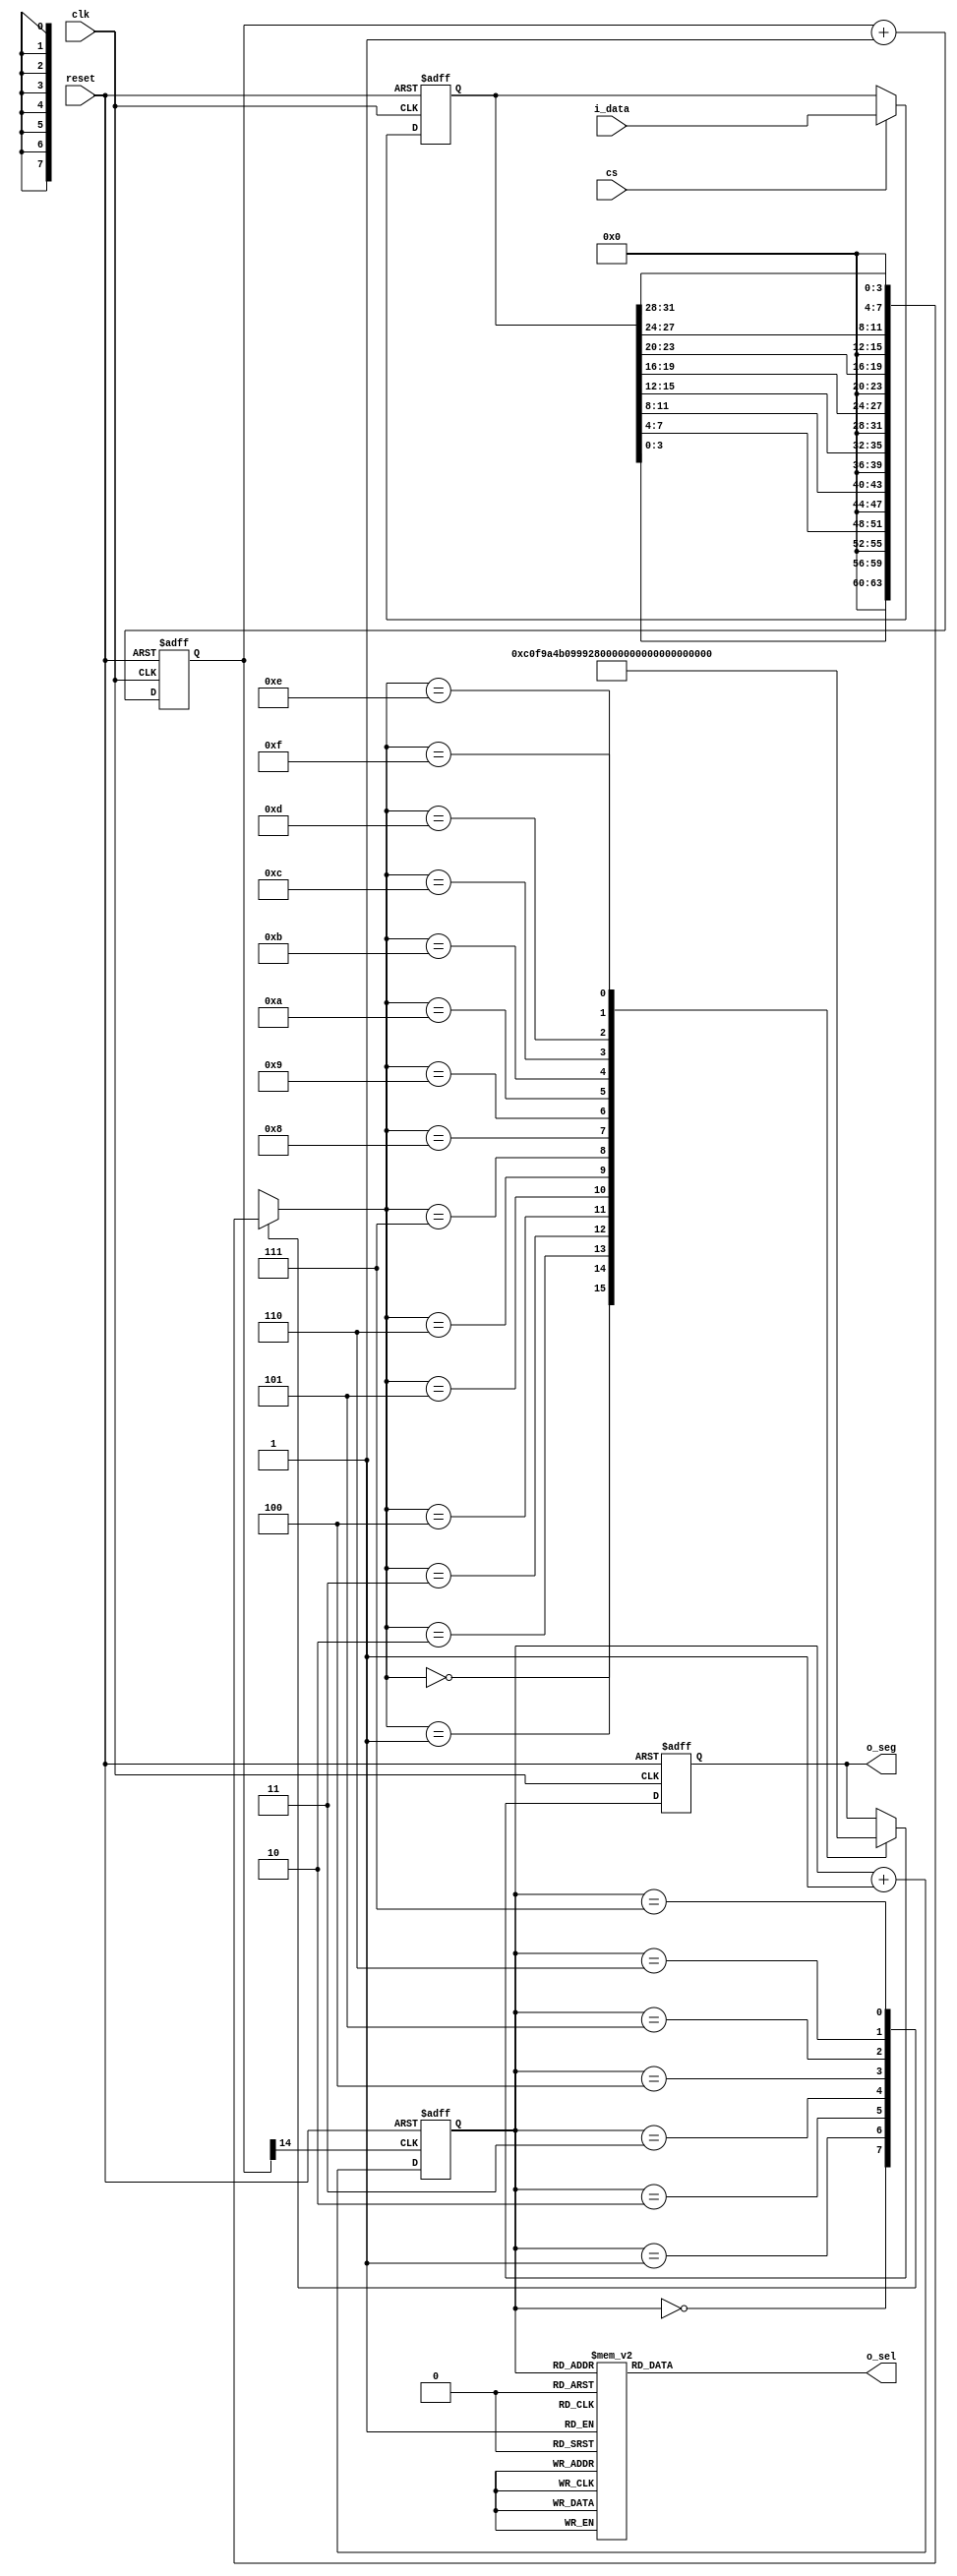
`timescale 1ns / 1ps
//////////////////////////////////////////////////////////////////////////////////
// Company: 
// Engineer: 
// 
// Design Name: 
// Module Name: seg7x16
// Project Name: 
// Target Devices: 
// Tool Versions: 
// Description: 
// 
// Dependencies: 
// 
// Revision:
// Revision 0.01 - File Created
// Additional Comments:
// 
//////////////////////////////////////////////////////////////////////////////////

module seg7x16(
    input clk,
    input reset,
    input cs,
    input [31:0] i_data,
    output [7:0] o_seg,
    output [7:0] o_sel
);

reg [14:0] cnt;
always @ (posedge clk, posedge reset)
    if (reset)
        cnt <= 0;
    else
        cnt <= cnt + 1'b1;

wire seg7_clk = cnt[14]; 

reg [2:0] seg7_addr;

always @ (posedge seg7_clk, posedge reset)
    if(reset)
        seg7_addr <= 0;
    else
        seg7_addr <= seg7_addr + 1'b1;

reg [7:0] o_sel_r;

always @ (*)
    case(seg7_addr)
        7 : o_sel_r = 8'b01111111;
        6 : o_sel_r = 8'b10111111;
        5 : o_sel_r = 8'b11011111;
        4 : o_sel_r = 8'b11101111;
        3 : o_sel_r = 8'b11110111;
        2 : o_sel_r = 8'b11111011;
        1 : o_sel_r = 8'b11111101;
        0 : o_sel_r = 8'b11111110;
    endcase

reg [31:0] i_data_store;
always @ (posedge clk, posedge reset)
    if(reset)
        i_data_store <= 0;
    else if(cs)
        i_data_store <= i_data;

reg [7:0] seg_data_r;
always @ (*)
    case(seg7_addr)
        0 : seg_data_r = i_data_store[3:0];
        1 : seg_data_r = i_data_store[7:4];
        2 : seg_data_r = i_data_store[11:8];
        3 : seg_data_r = i_data_store[15:12];
        4 : seg_data_r = i_data_store[19:16];
        5 : seg_data_r = i_data_store[23:20];
        6 : seg_data_r = i_data_store[27:24];
        7 : seg_data_r = i_data_store[31:28];
    endcase

reg [7:0] o_seg_r;
always @ (posedge clk, posedge reset)
    if(reset)
        o_seg_r <= 8'hff;
    else
        case(seg_data_r)
            4'h0 : o_seg_r <= 8'hC0;
            4'h1 : o_seg_r <= 8'hF9;
            4'h2 : o_seg_r <= 8'hA4;
            4'h3 : o_seg_r <= 8'hB0;
            4'h4 : o_seg_r <= 8'h99;
            4'h5 : o_seg_r <= 8'h92;
            4'h6 : o_seg_r <= 8'h82;
            4'h7 : o_seg_r <= 8'hF8;
            4'h8 : o_seg_r <= 8'h80;
            4'h9 : o_seg_r <= 8'h90;
            4'hA : o_seg_r <= 8'h88;
            4'hB : o_seg_r <= 8'h83;
            4'hC : o_seg_r <= 8'hC6;
            4'hD : o_seg_r <= 8'hA1;
            4'hE : o_seg_r <= 8'h86;
            4'hF : o_seg_r <= 8'h8E;
        endcase

assign o_sel = o_sel_r;
assign o_seg = o_seg_r;

endmodule